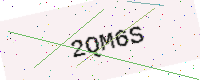
Text: 2QM6S